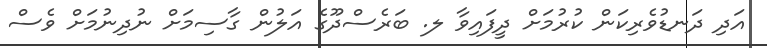
އަދި ދަނޑުވެރިކަން ކުރުމަށް ދީފައިވާ ލ. ބަރެސްދޫގެ އަލުން ގާސިމަށް ނުދިނުމަށް ވެސް